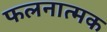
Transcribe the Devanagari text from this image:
फलनात्मक